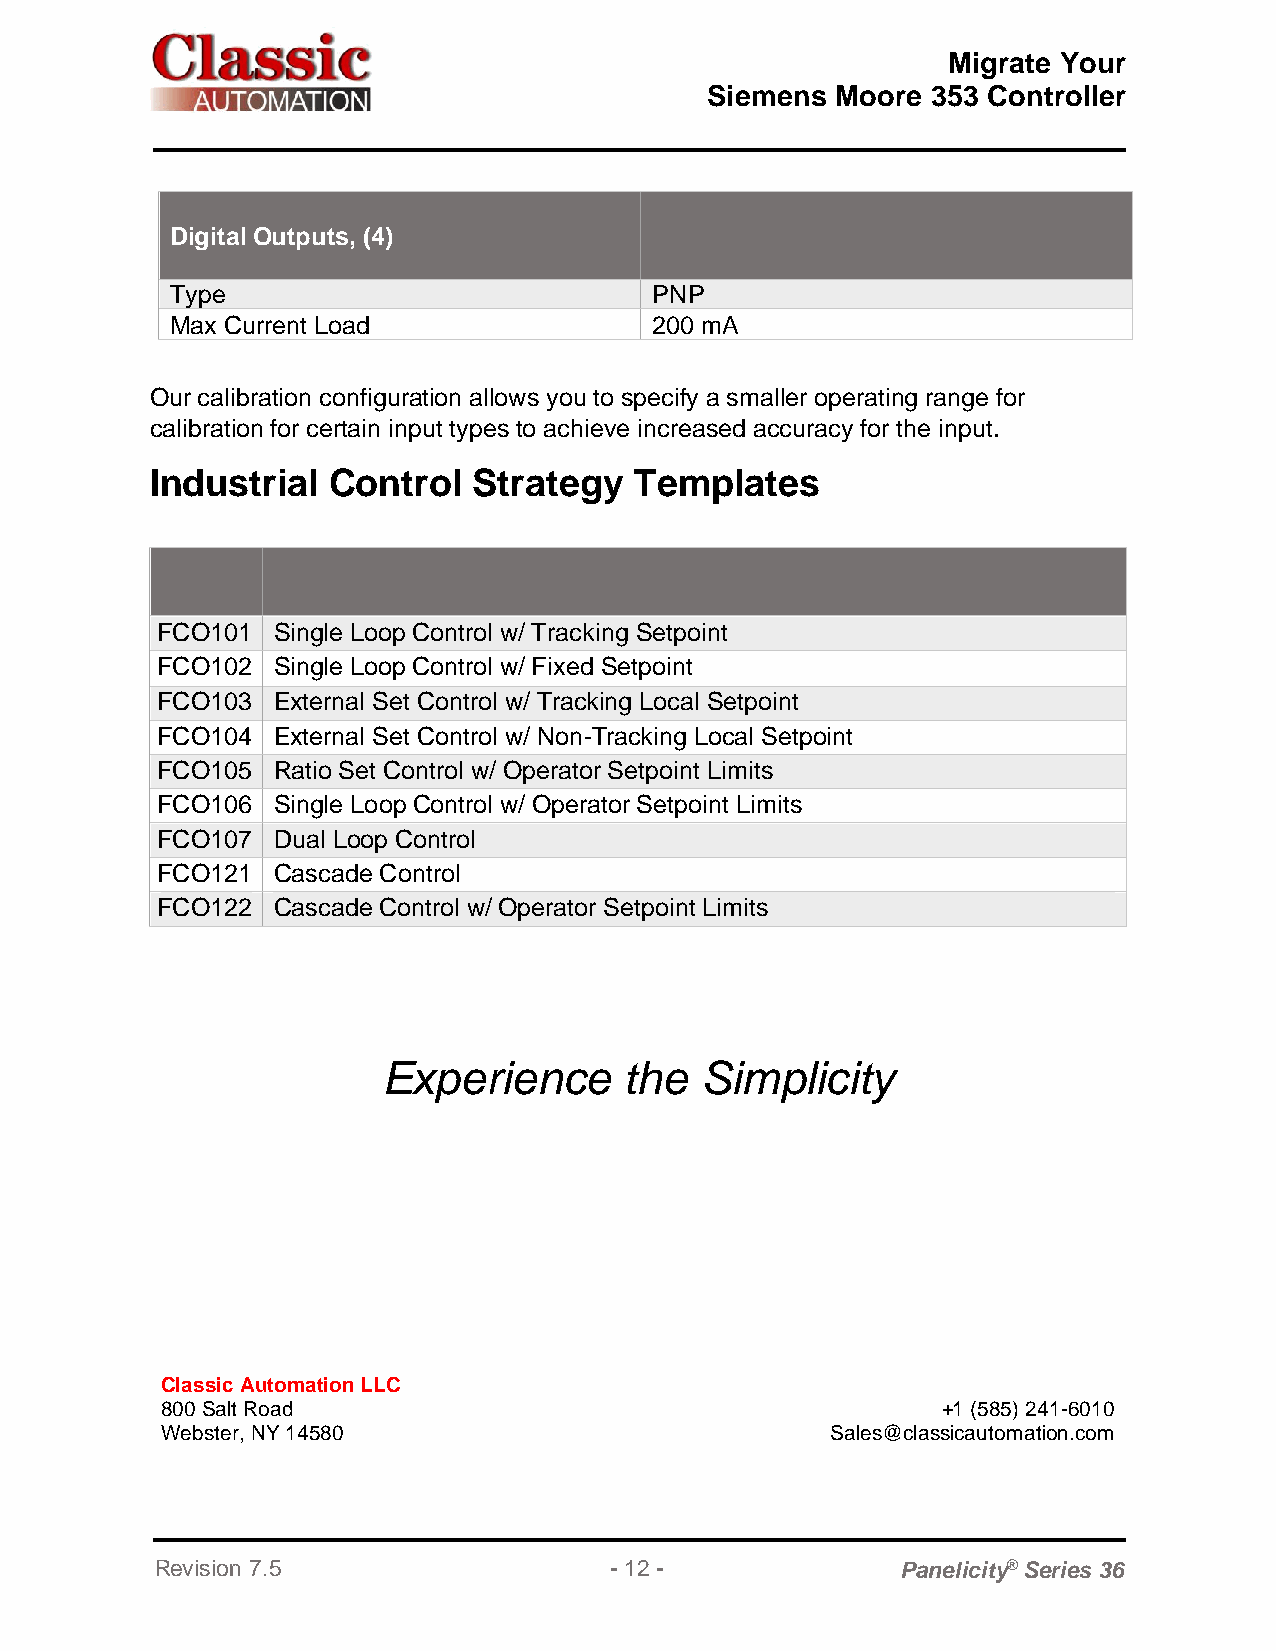
Migrate Your
 Siemens Moore  353 Controller
 Digital Outputs, (4)
 Type                            PNP
 Max Current Load                200 mA
 Our calibration configuration allows you to specify a smaller operating range for
 calibration for certain input types to achieve increased accuracy for the input.
 Industrial  Control  Strategy   Templates
 FCO101  Single Loop Control w/ Tracking Setpoint
 FCO102  Single Loop Control w/ Fixed Setpoint
 FCO103  External Set Control w/ Tracking Local Setpoint
 FCO104  External Set Control w/ Non-Tracking Local Setpoint
 FCO105  Ratio Set Control w/ Operator Setpoint Limits
 FCO106  Single Loop Control w/ Operator Setpoint Limits
 FCO107  Dual Loop Control
 FCO121  Cascade Control
 FCO122  Cascade Control w/ Operator Setpoint Limits
 Experience      the  Simplicity
 Classic Automation LLC
 800 Salt Road                                      +1 (585) 241-6010
 Webster, NY 14580                           Sales@classicautomation.com
 Revision 7.5                  - 12 -              Panelicity® Series 36